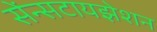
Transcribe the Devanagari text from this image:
सेंन्सटायझेशन